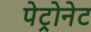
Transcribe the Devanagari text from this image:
पेट्रोनेट